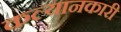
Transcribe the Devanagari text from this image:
कल्यानकारी